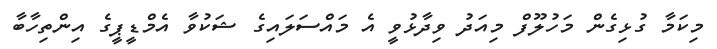
މިކަމާ ގުޅިގެން މަހުލޫފް މިއަދު ވިދާޅުވީ އެ މައްސަލައިގެ ޝަކުވާ އެމްޑީޕީގެ އިންތިހާބާ